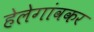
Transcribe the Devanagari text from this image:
हेलेगांवकर